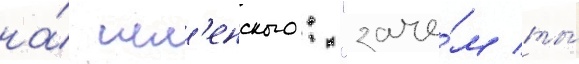
на́ шл'енского: "заче́м ты́